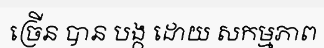
ច្រើន បាន បង្ក ដោយ សកម្មភាព